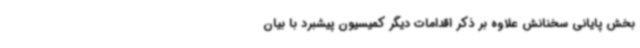
بخش پایانی سخنانش علاوه بر ذکر اقدامات دیگر کمیسیون پیشبرد با بیان